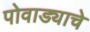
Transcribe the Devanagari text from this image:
पोवाड्याचे